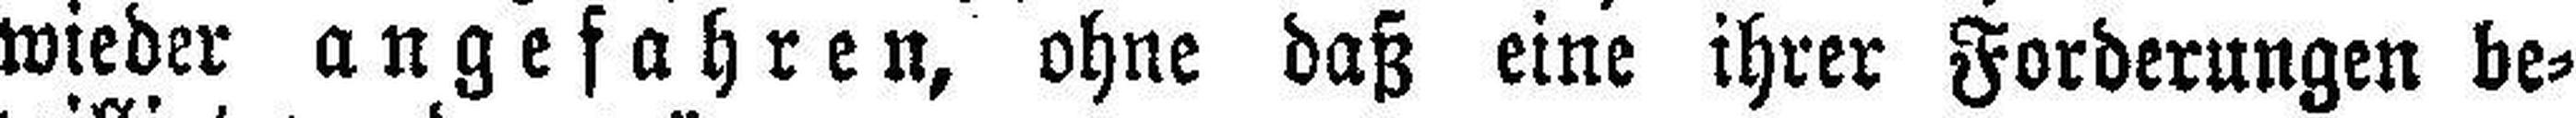
wieder angefahren, ohne daß eine ihrer Forderungen be¬